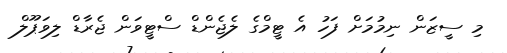
މި ސީޒަން ނިމުމަށް ފަހު އެ ޓީމްގެ ލެޖެންޑް ސްޓީވަން ޖެރާޑް ލިވަޕޫލް